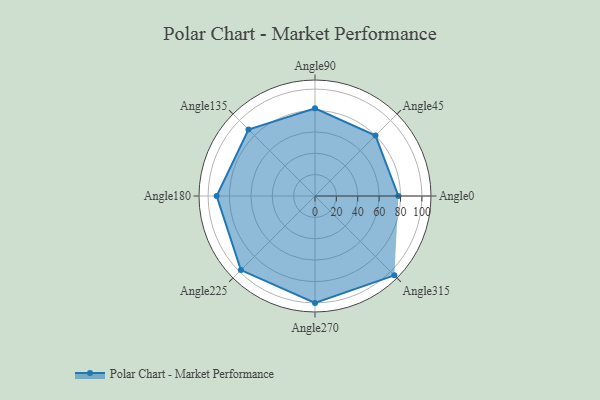
{"axis": {"x": "Angle", "y": "Radius"}, "legend": [""], "data": [{"x": "Angle0", "y": 78.0, "type": ""}, {"x": "Angle45", "y": 80.0, "type": ""}, {"x": "Angle90", "y": 82.0, "type": ""}, {"x": "Angle135", "y": 88.0, "type": ""}, {"x": "Angle180", "y": 92.0, "type": ""}, {"x": "Angle225", "y": 98.0, "type": ""}, {"x": "Angle270", "y": 100.0, "type": ""}, {"x": "Angle315", "y": 105.0, "type": ""}]}